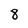
Character: 8